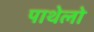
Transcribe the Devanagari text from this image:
पाथेलो